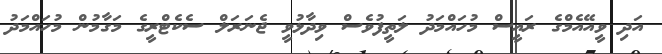
އަދި ވީއޭއެމްގެ ރައީސް މުހައްމަދު ލަތީފުވެސް ވިދާޅުވީ ޖެނަރަލް ސެކެޓްރީގެ މަގާމުން މުހައްމަދު